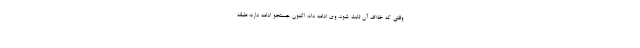
وقتی که خلاف آن ثابت شود. وی ادامه داد: اکنون جستجو ادامه دارد؛ طبقه